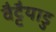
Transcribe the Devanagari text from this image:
वैट्टैयाडु